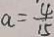
a = \frac { 4 } { 1 5 }